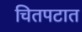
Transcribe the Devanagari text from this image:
चितपटात